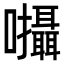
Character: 𡆄